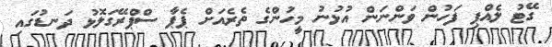
ގޭޓު ލެއްޕި ފަހުން ވަންނަން އުޅުނު މީހުންގެ ތެރެއަށް ޕެޕާ ސްޕްރޭގަލޮޅު ދަނޑުގައި